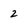
Character: 2